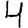
Digit: 4